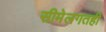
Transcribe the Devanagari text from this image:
सीमेलगतही